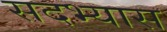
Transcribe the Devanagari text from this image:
सदभ्यास